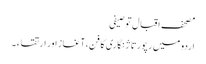
مصحف اقبال توصیفی
اردو میں رپورتاژ نگاری کا فن، آغاز اور ارتقاء ۔